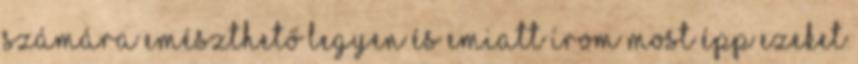
számára emészthető legyen és emiatt írom most épp ezeket